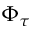
\Phi _ { \tau }